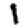
Digit: 1